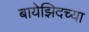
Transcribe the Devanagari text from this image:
बायेझिदच्या